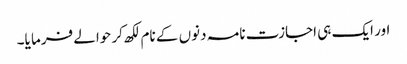
اور ایک ہی اجازت نامہ دنوں کے نام لکھ کر حوالے فرما یا۔